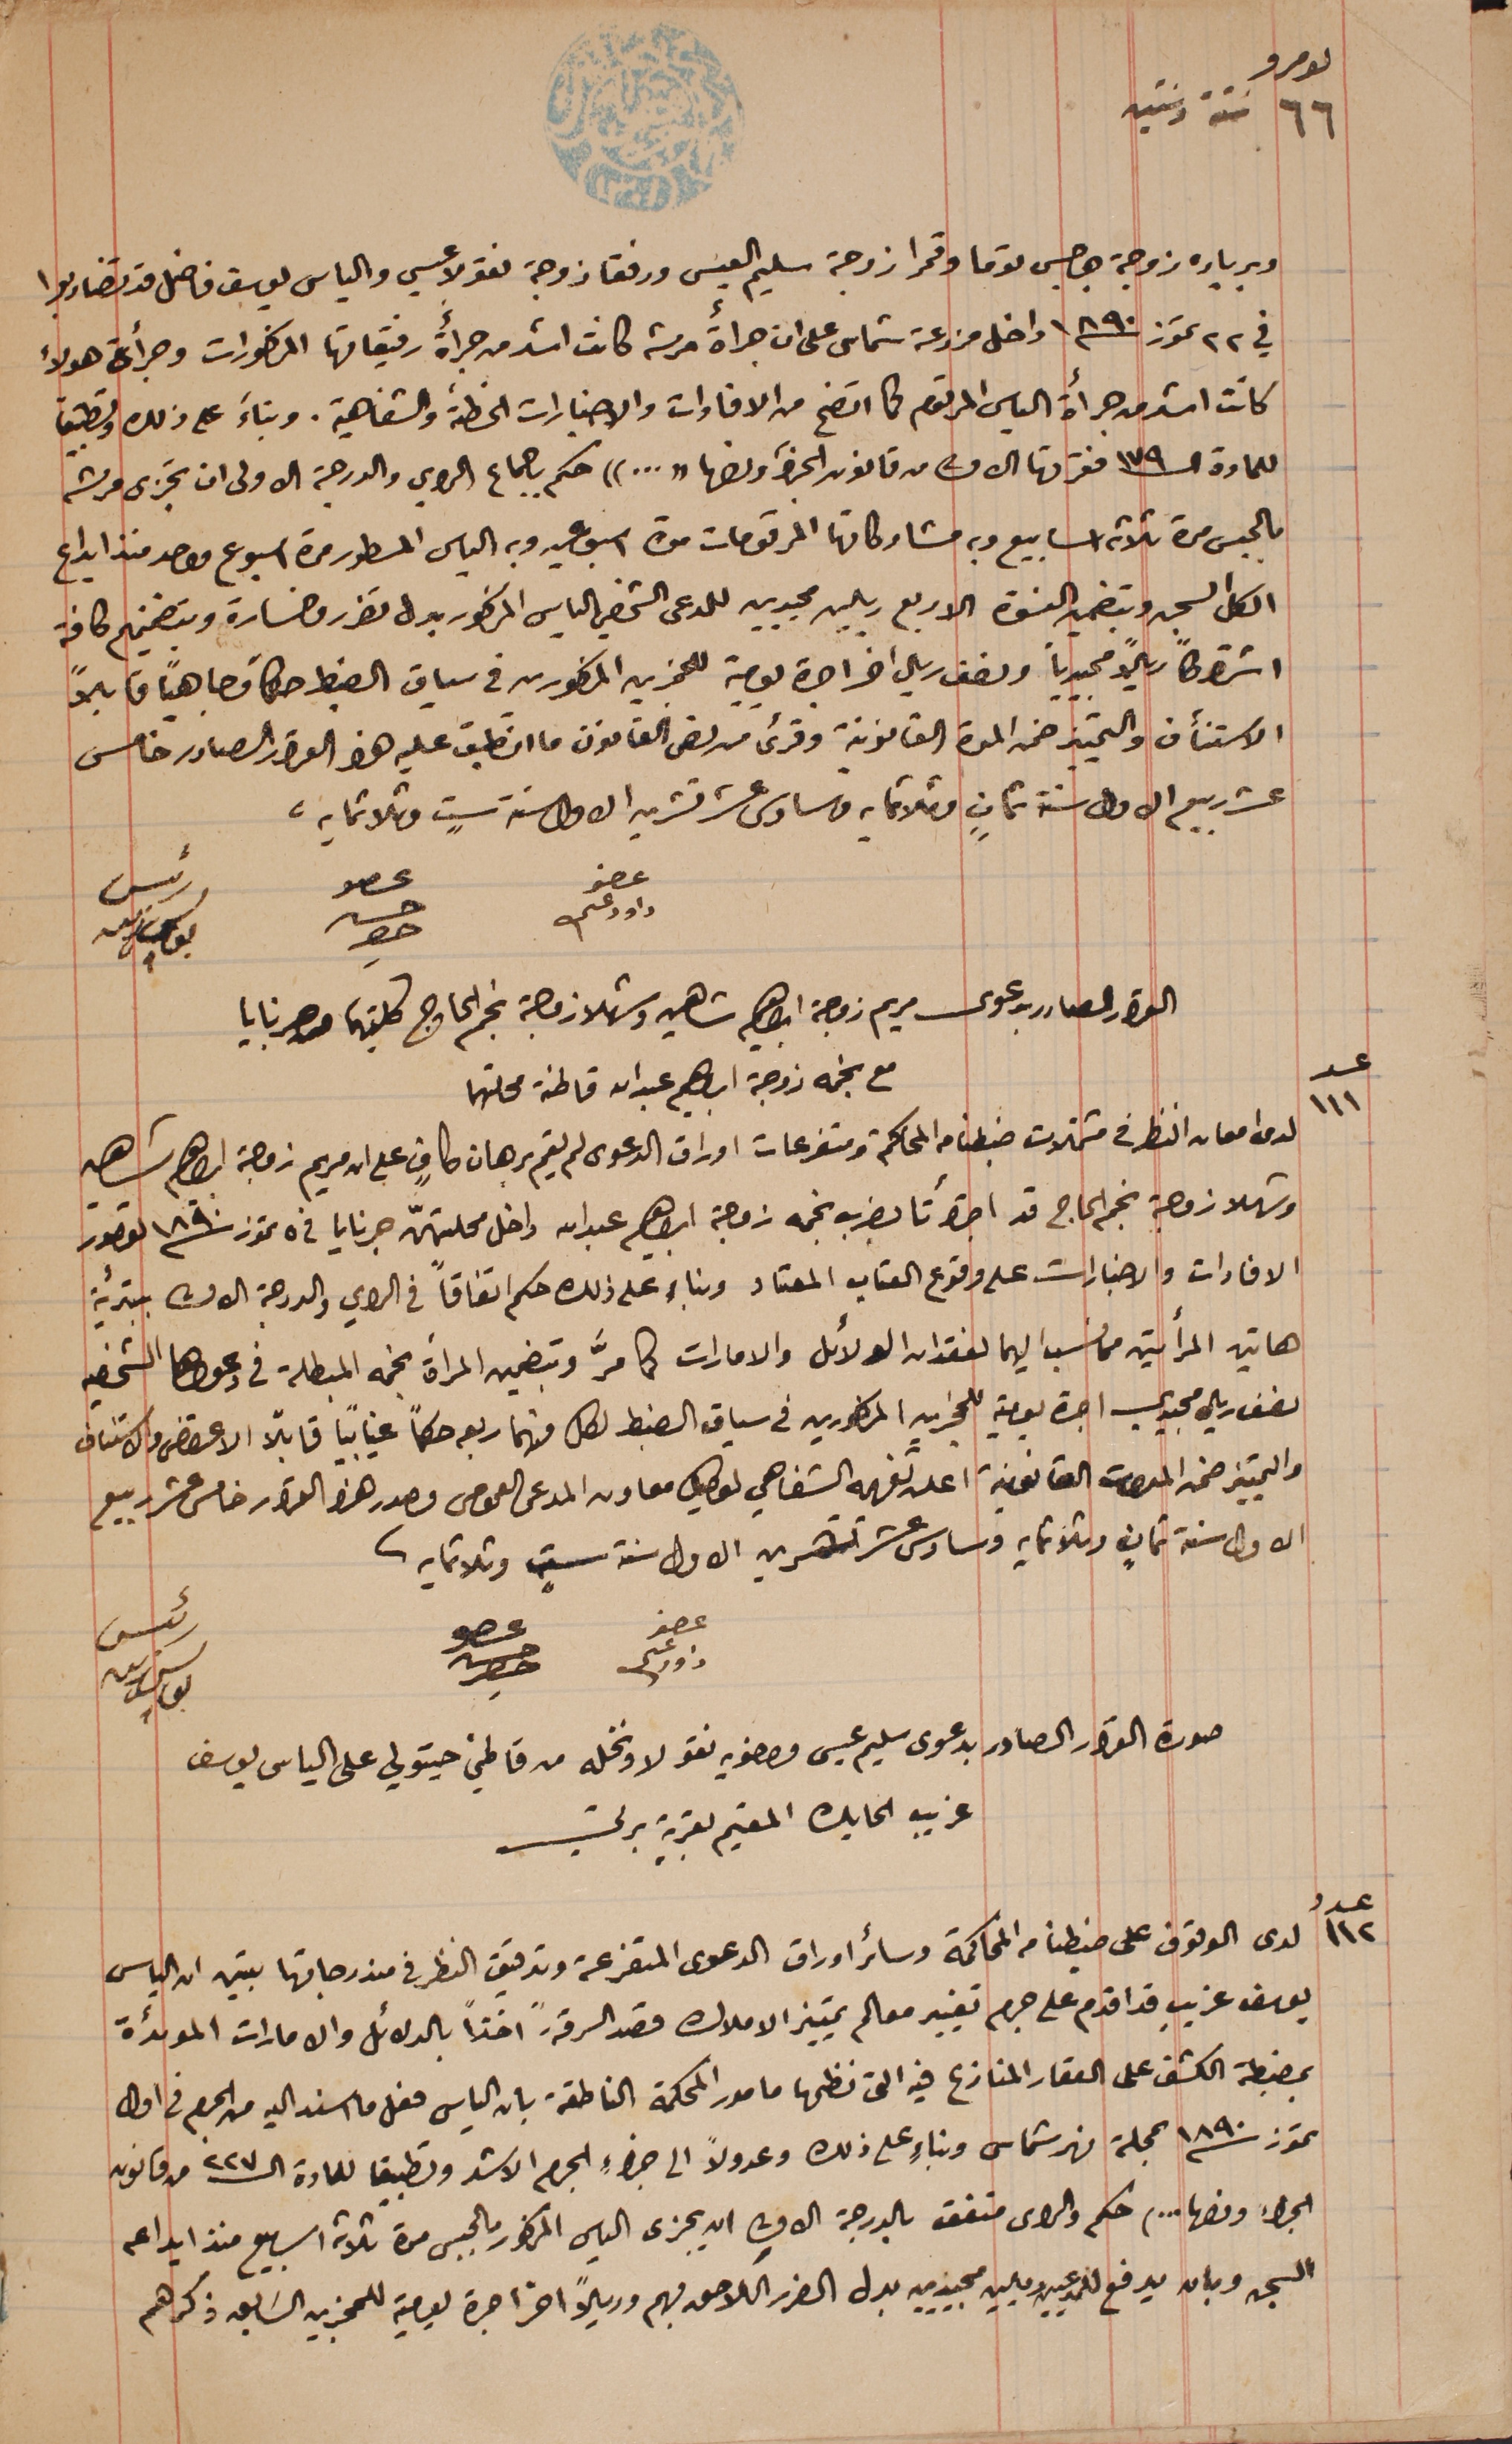
نمرو ٦٦ ستة وستين
وبرباره زوجة جرجس توما وقمرا زوجة سليم العيسى ورفقا زوجة نقولا عيسى والياس يوسف فاضل قد تضاربوا
في ٢٢ تموز سنة ١٨٩٠ داخل مزرعة شماس على ان جرأة مرته كانت اشتد من جرأة رفيقاتها المذكورات وجرأة هولاء
كانت اشد من جرأة الياس المرقوم كما اتضح من الافادات والاخبارات الخطىة والشفاهية. وبناءَ على ذلك وتطبيق
للمادة الـ١٧٩ فقرتها الاولى من قانون الجزاء ونصها "..." حكم باجماع الراي والدرجة الاولى ان تجزى مرته
بالحبس مدة ثلاثة اسابيع وبه مشاركاتها المرقومات مدة اسبوعين وبه الياس المسطور مدة اسبوع واحد منذ ايداع
الكل السجن وبتضمين النسوة الاربع ريالين مجيديىن للمدعى الشخصي الياس المذكور بدل تضرر وخسارة وبتضمينهم كافة
اشتراكاً ريالاً مجيدياً ونصف ريال اخر اجرة يومية للمجزين المذكورين فى سياق الضبط حكماً وجاهياً قابلاً
الاستنأف والتمييز ضمن المدة القانونية وقرىء من نص القانون ما انطبق عليه هذا القرار الصادر خامس
عشر ربيع الاول سنة ثمانٍ وثلاثمايه من سادس عشر تشرين الاول سنة ستٍ وثلاثمايه.
عضو داود عسى
القرار الصادر بدعوى مريم زوجه ابراهيم شاهين وشهلا زوجة نجم الحاج كليتهما من جرنايا
مع نجمه زوجة ابراهيم عبد الله قاطنة محلتهما
عدد ١١١ لدى امعان النظر فى مشتملات ضبطنا من المحاكم ومتفرعات اوراق الدعوى لم يقم برهان كافٍ على ان مريم زوجه شاهين
الافادات والاخبارات على وقوع العتاب المعتاد وبناء على ذلك حكم اتفاقاً في الراي والدىجة الاولى بتبرئه
هاتين المرأتين من نسب اليهما لفقدان الدلائل والامارات كما مرَّ وبتضمين المرأة نجمه المبطلة في دعواها الشخصيه
نصف ريال مجيدي اجرة يومية للمجزين المذكورين في سياق الضبط لكل منهما ربعه حكماً غيابياً قابلاً الاعتراض والاستناف
والتمييز ضمن المقررات القانونية اعلن تفهمه الشفاهي لوكيل معاون المدعى العمومى مصدر هذا القرار خامس عشر ربيع
الاول سنة ثمانٍ وثلاثمايه وسادس عشر تشرين الاول سنة ستٍ وثلاثمايه.
عضو داود عسى
رئيس يوسف زينه
صورة القرار الصادر بدعوى سليم عيسى واخويه نقولا ونخله من قاطني حيتولي على الياس يوسف
غريب الحايك المقيم بقرية برتي
عدد ١١٢ لدى الوقوف على ضبطنا من المحاكمة وسائر اوراق الدعوى المتفرعة وتدقيق النظر فى مندرجاتها تبين ان الياس
يوسف غريب قد اقدم على جرم تغيير معالم تمييز الاملاك قصد السرقة." اخذا" بالدلائل والامارات الموئدة
بمضبطة الكشف على العقار المنازع فيه التى نظمها مامور المحكمة الناطقة بان الياس فعل ما اسند اليه من الجرم فى اول
 اول
تموز سنة ١٨٩٠ بمحلة نهر شماس وبناءٍ على ذلك وعدولاً الى جزاءِ الجرم الاشد وتطبيقا للمادة الـ٢٢٧ من قانون
الجزاء ونصها ...) حكم والراى متفق بالدرجة الاولى ان يجزى الياس المذكور بالحبس مدة ثلاثة اسابيع منذ ايداعه
السجن وبان يدفع للمدعيين ريالين مجيديين بدل الضرر اللاحق بهم وريلاً اخر اجرة يومية للمجزين السَابق ذكرهم
عضو حسن حصِر
رئيس يوسف زينه
وشهلا زوجة نجم الحاج قد اجترأتا بضرب نجمه زوجة ابراهيم عبدالله داخل محلتهنّ جرنايا في ٥ تموز سنة ١٨٩٠ لقصور
عضو حسن حصِر